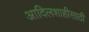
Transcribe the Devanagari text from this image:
आदिलशाहीसाठी